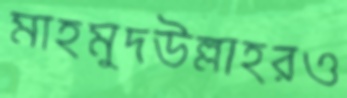
মাহমুদউল্লাহরও